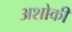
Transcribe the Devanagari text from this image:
अशोकी